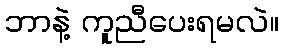
ဘာနဲ့ ကူညီပေးရမလဲ။